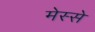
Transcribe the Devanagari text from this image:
मेस्से